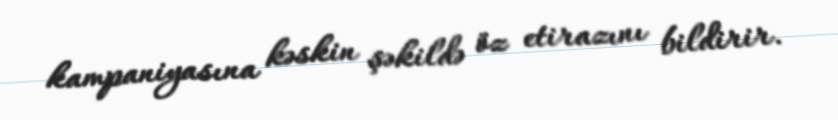
kampaniyasına kəskin şəkildə öz etirazını bildirir.